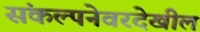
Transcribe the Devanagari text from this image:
संकल्पनेवरदेखील